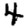
Digit: 4